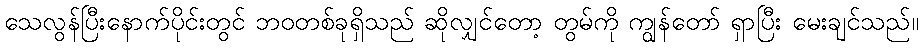
သေလွန်ပြီးနောက်ပိုင်းတွင် ဘဝတစ်ခုရှိသည် ဆိုလျှင်တော့ တွမ်ကို ကျွန်တော် ရှာပြီး မေးချင်သည်။